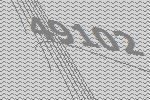
49102